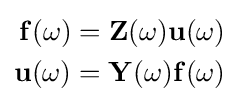
{\begin{aligned}\mathbf {f} (\omega )=\mathbf {Z} (\omega )\mathbf {u} (\omega )\\\mathbf {u} (\omega )=\mathbf {Y} (\omega )\mathbf {f} (\omega )\end{aligned}}